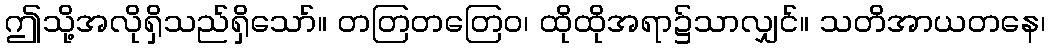
ဤသို့အလိုရှိသည်ရှိသော်။ တတြတတြေဝ၊ ထိုထိုအရာ၌သာလျှင်။ သတိအာယတနေ၊